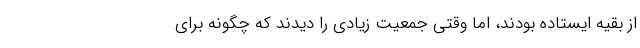
از بقیه ایستاده بودند، اما وقتی جمعیت زیادی را دیدند که چگونه برای